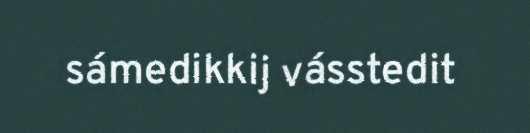
sámedikkij vásstedit